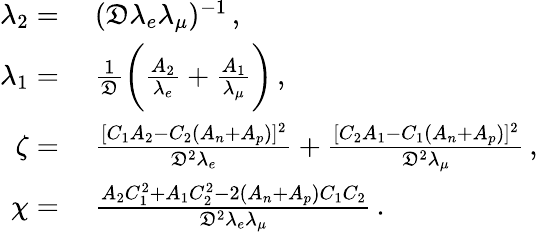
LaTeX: \begin{array}{rl}{\lambda_{2}={}}&{{}(\mathfrak{D}\lambda_{e}\lambda_{\mu})^{-1}\, ,}\\ {\lambda_{1}={}}&{{}\frac{1}{\mathfrak{D}}\bigg(\frac{A_{2}}{\lambda_{e}}+\frac{A_{1}}{\lambda_{\mu}}\bigg)\, ,}\\ {\zeta={}}&{{}\frac{[C_{1}A_{2}-C_{2}(A_{n}+A_{p})]^{2}}{\mathfrak{D}^{2}\lambda_{e}}+\frac{[C_{2}A_{1}-C_{1}(A_{n}+A_{p})]^{2}}{\mathfrak{D}^{2}\lambda_{\mu}}\, ,}\\ {\chi={}}&{{}\frac{A_{2}C_{1}^{2}+A_{1}C_{2}^{2}-2(A_{n}+A_{p})C_{1}C_{2}}{\mathfrak{D}^{2}\lambda_{e}\lambda_{\mu}}\, .}\end{array}